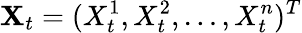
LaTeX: \mathbf{X}_{t}=(X_{t}^{1},X_{t}^{2},\ldots,X_{t}^{n})^{T}